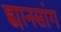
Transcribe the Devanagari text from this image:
ह्यानसांग